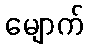
မျောက်